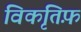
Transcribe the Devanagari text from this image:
विकृतिफ़